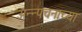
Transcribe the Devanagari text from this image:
अन्न्पचनाच्या